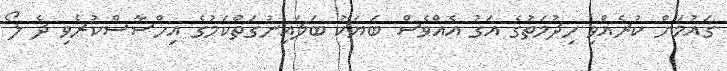
ގައުމަށް ކުރެއްވި ހިދުމަތުގެ އަގު އެއްވެސް ބަޔަކު ބަލައިނުގަތްކަމުގެ އިހްސާސްކުރެވި ދެ ލޯ